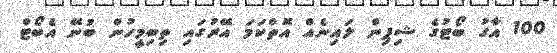
100 އާގު ބޯޓުގެ ޝިޕިން ލައިނެއް އޮތްކަމަ އޭރުގައި ތިބިމީހުން ބުނޭ އެބޯޓް